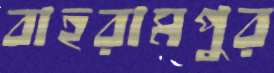
বাহরামপুর